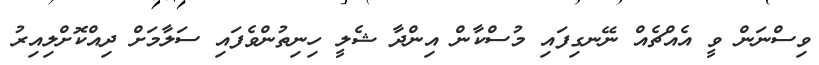
ވިސްނަން ވީ އެއްޗެއް ނޭނގިފައި މުސްކާން އިންދާ ޝެލީ ހިނިތުންވެފައި ސަލާމަށް ދިއްކޮށްލިއިރު